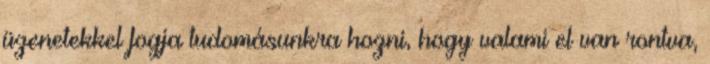
üzenetekkel fogja tudomásunkra hozni, hogy valami el van rontva,